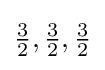
{\tfrac {3}{2}},{\tfrac {3}{2}},{\tfrac {3}{2}}